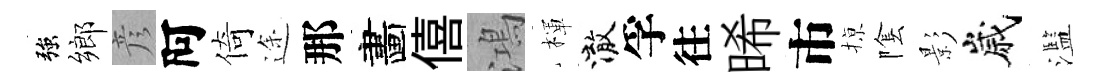
強鄉彦阿倚途那畵僖鴻楎澈孚往晞市𢱊隂影嵗濫